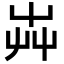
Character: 芔